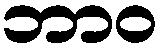
ဘာဝ